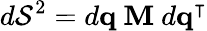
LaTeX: d\mathcal{S}^{2}=d\mathbf{{q}}\ \mathbf{{M}}\ d\mathbf{{q^{\intercal}}}